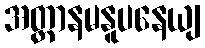
အတ္တာနမနူပနေယျ